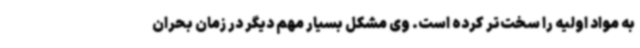
به مواد اولیه را سخت‌تر کرده است. وی مشکل بسیار مهم دیگر در زمان بحران